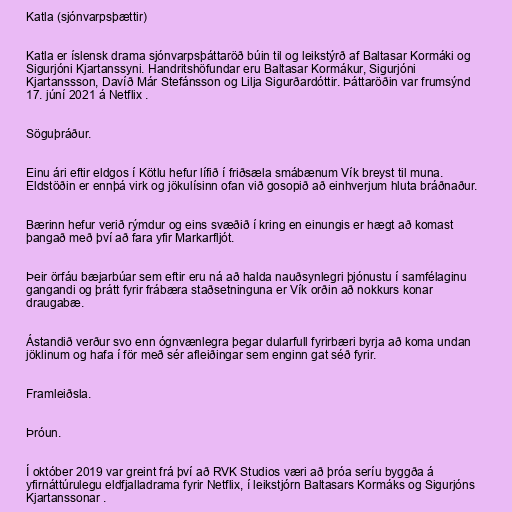
Katla (sjónvarpsþættir)

Katla er íslensk drama sjónvarpsþáttaröð búin til og leikstýrð af Baltasar Kormáki og
Sigurjóni Kjartanssyni. Handritshöfundar eru Baltasar Kormákur, Sigurjóni
Kjartanssson, Davíð Már Stefánsson og Lilja Sigurðardóttir. Þáttaröðin var frumsýnd
17. júní 2021 á Netflix .

Söguþráður.

Einu ári eftir eldgos í Kötlu hefur lífið í friðsæla smábænum Vík breyst til muna.
Eldstöðin er ennþá virk og jökulísinn ofan við gosopið að einhverjum hluta bráðnaður.

Bærinn hefur verið rýmdur og eins svæðið í kring en einungis er hægt að komast
þangað með því að fara yfir Markarfljót.

Þeir örfáu bæjarbúar sem eftir eru ná að halda nauðsynlegri þjónustu í samfélaginu
gangandi og þrátt fyrir frábæra staðsetninguna er Vík orðin að nokkurs konar
draugabæ.

Ástandið verður svo enn ógnvænlegra þegar dularfull fyrirbæri byrja að koma undan
jöklinum og hafa í för með sér afleiðingar sem enginn gat séð fyrir.

Framleiðsla.

Þróun.

Í október 2019 var greint frá því að RVK Studios væri að þróa seríu byggða á
yfirnáttúrulegu eldfjalladrama fyrir Netflix, í leikstjórn Baltasars Kormáks og Sigurjóns
Kjartanssonar .